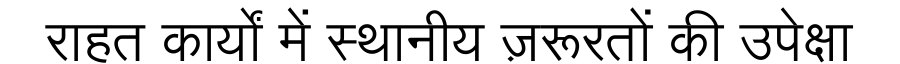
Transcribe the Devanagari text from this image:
राहत कार्यों में स्थानीय ज़रूरतों की उपेक्षा